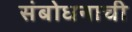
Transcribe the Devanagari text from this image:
संबोधनाची